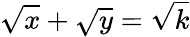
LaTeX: {\sqrt{x}}+{\sqrt{y}}={\sqrt{k}}